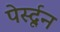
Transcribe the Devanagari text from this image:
पेर्स्दून